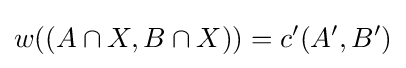
w((A\cap X,B\cap X))=c'(A',B')